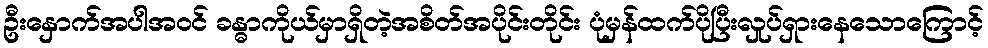
ဦးနှောက်အပါအဝင် ခန္ဓာကိုယ်မှာရှိတဲ့အစိတ်အပိုင်းတိုင်း ပုံမှန်ထက်ပိုပြီးလှုပ်ရှားနေသောကြောင့်